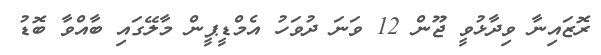
ރޮޒައިނާ ވިދާޅުވީ ޖޫން 12 ވަނަ ދުވަހު އެމްޑީޕީން މާލޭގައި ބާއްވާ ބޮޑު